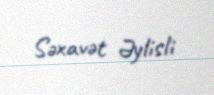
Səxavət Əylisli